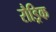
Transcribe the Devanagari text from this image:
रौड्रिक